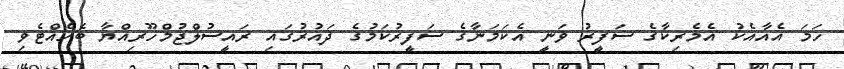
ހަމަ އެއާއެކު އެމެރިކާގެ ސަފީރު ވަނީ އެކަމަނާގެ ސަފީރުކަމުގެ ދައުރުގައި ރައީސުލްޖުމްހޫރިއްޔާ ބެހެއްޓެވި